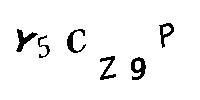
Y5CZ9P